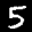
Label: 5